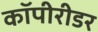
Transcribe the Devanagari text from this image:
कॉपीरीडर